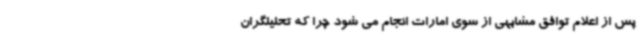
پس از اعلام توافق مشابهی از سوی امارات انجام می شود چرا که تحلیلگران